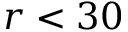
r < 3 0